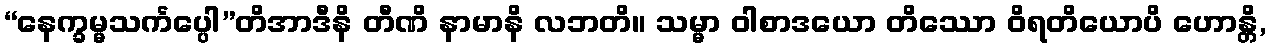
“နေက္ခမ္မသင်္ကပ္ပေါ”တိအာဒီနိ တီဏိ နာမာနိ လဘတိ။ သမ္မာ ဝါစာဒယော တိဿော ဝိရတိယောပိ ဟောန္တိ,